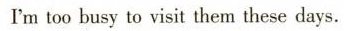
I'm too busy to visit them these days.